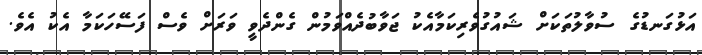
އަޅުގަނޑުގެ ސުވާލުތަކަށް ޝައުގުވެރިކަމާއެކު ޖަވާބުދެއްވަމުން ގެންދެވީ ވަރަށް ވެސް ފަސޭހަކަމާ އެކު އެވެ.